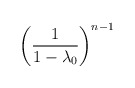
\begin{align*}\left ( {1\over 1-\lambda_0}\right )^{n-1}\end{align*}